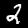
Label: 2